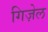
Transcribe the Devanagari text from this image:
गिज़ेल